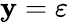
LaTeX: \mathbf{y}=\varepsilon